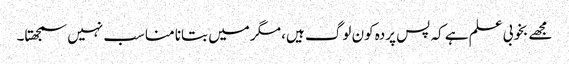
مجھے بخوبی علم ہے کہ پس پردہ کون لوگ ہیں، مگر میں بتانا مناسب نہیں سمجھتا۔